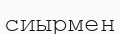
сиырмен